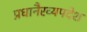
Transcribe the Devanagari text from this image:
प्रधानैरव्यपदेश